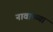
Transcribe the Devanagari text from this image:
नावाच्य्या